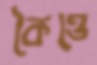
কৈত্তে